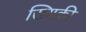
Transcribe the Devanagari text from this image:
ख्यिकी